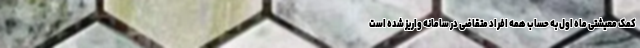
کمک معیشتی ماه اول به حساب همه افراد متقاضی در سامانه واریز شده است